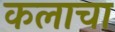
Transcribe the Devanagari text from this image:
कलाचा